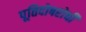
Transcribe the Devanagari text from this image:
पूतिदोषरोधी